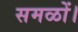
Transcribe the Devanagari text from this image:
समळों।